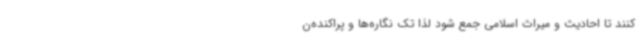
کنند تا احادیث و میراث اسلامی جمع شود لذا تک نگاره‌ها و پراکنده‌ن